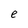
Character: e